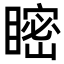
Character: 𥉴